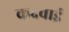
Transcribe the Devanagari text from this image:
कदवाई